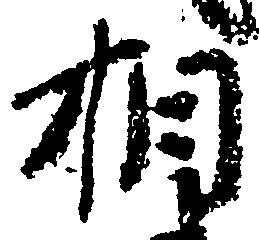
相